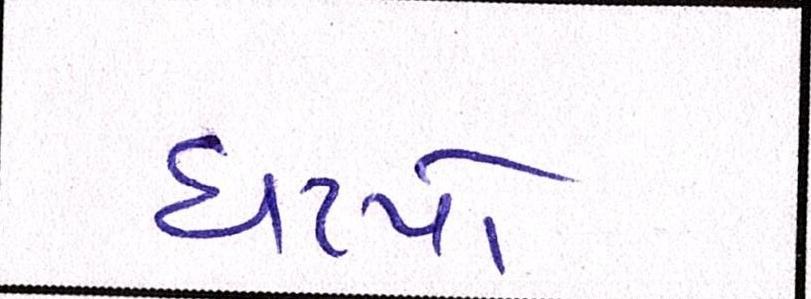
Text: ઘટ્યો